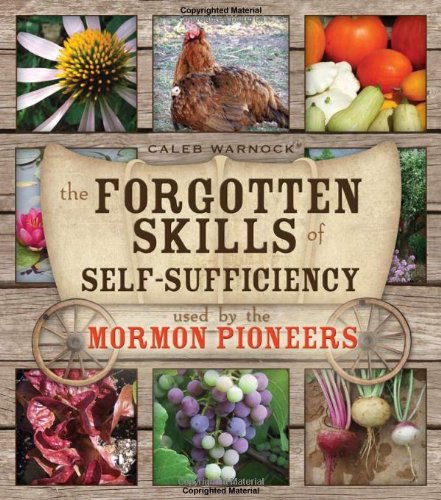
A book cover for The Forgotten Skills of Self-Sufficiency Used by the Mormon Pioneers; Caleb Warnock; Crafts, Hobbies & Home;